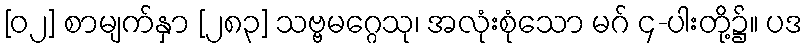
[၀၂] စာမျက်နှာ [၂၈၃] သဗ္ဗမဂ္ဂေသု၊ အလုံးစုံသော မဂ် ၄-ပါးတို့၌။ ပဒ